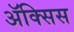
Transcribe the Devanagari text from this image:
ॲक्सिस